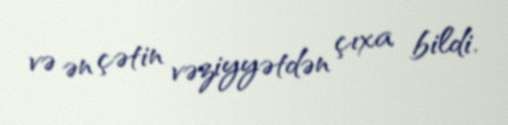
və ən çətin vəziyyətdən çıxa bildi.